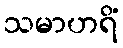
သမာဟရိံ